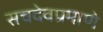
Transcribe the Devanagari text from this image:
सचदेवप्रमाणे